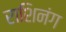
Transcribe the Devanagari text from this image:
राशिनंग